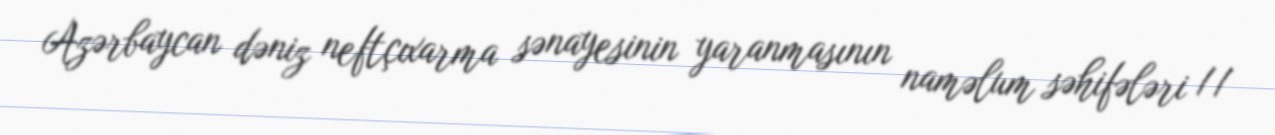
Azərbaycan dəniz neftçıxarma sənayesinin yaranmasının naməlum səhifələri //